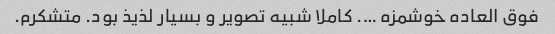
فوق العاده خوشمزه …. کاملا شبیه تصویر و بسیار لذیذ بود. متشکرم.